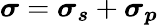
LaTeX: \boldsymbol{\sigma}=\boldsymbol{\sigma_{s}}+\boldsymbol{\sigma_{p}}